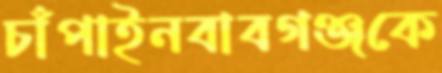
চাঁপাইনবাবগঞ্জকে